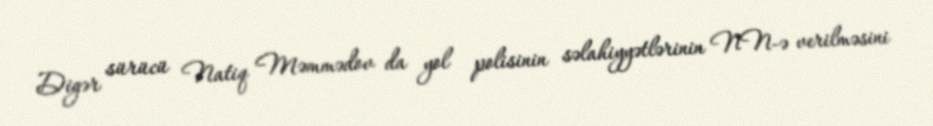
Digər sürücü Natiq Məmmədov da yol polisinin səlahiyyətlərinin NN-ə verilməsini